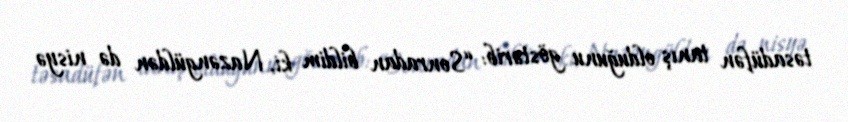
təsadüfən tanış olduğunu göstərib: “Sonradan bildim ki, Nazəngüldən də nisyə